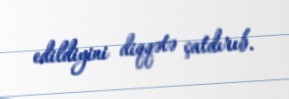
edildiyini diqqətə çatdırıb.